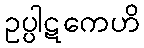
ဥပ္ပါဋကေဟိ